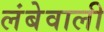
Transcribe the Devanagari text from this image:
लंबेवाली